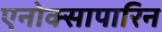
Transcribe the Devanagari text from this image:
एनोक्सापारिन